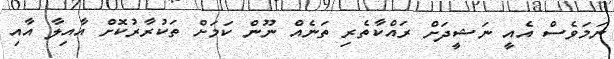
ނަމަވެސް އެއީ ނަޝީދަށް ރައްކާތެރި ތަނެއް ނޫން ކަަަމަށް ތަކުރާރުކޮށް އާއިލާ އާއި